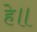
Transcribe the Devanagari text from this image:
हे॥